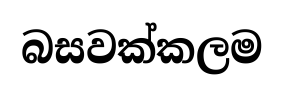
බසවක්කලම